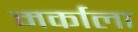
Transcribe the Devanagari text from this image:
मर्काला